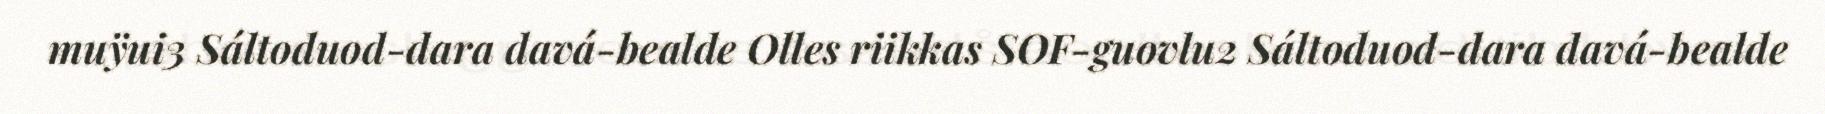
muÿui3 Sáltoduod-dara davá-bealde Olles riikkas SOF-guovlu2 Sáltoduod-dara davá-bealde